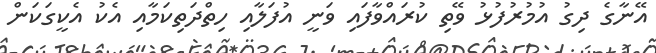
އޭނާގެ ދިގު އުމުރުފުޅު ވޭތި ކުރައްވާފައި ވަނީ އުފަލާއި ހިތްދަތިކަމާއި އެކު އެކީގަކަން